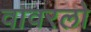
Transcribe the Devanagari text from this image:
वावरलो